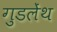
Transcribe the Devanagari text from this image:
गुडलेंथ